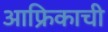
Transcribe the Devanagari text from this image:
आफ्रिकाची